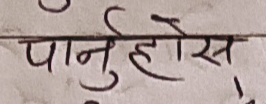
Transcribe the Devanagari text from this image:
पानुहोस